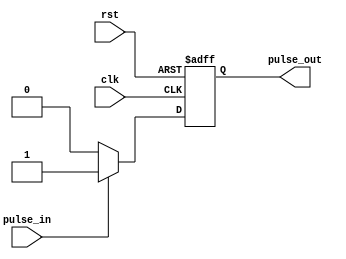
module pulse_synchronizer (
    input wire clk,
    input wire rst,
    input wire pulse_in,
    output wire pulse_out
);

reg pulse_sync;

always @(posedge clk or posedge rst) begin
    if (rst) begin
        pulse_sync <= 1'b0;
    end else begin
        if (pulse_in) begin
            pulse_sync <= 1'b1;
        end else begin
            pulse_sync <= 1'b0;
        end
    end
end

assign pulse_out = pulse_sync;

endmodule